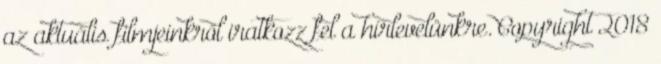
az aktuális filmjeinkről iratkozz fel a hírlevelünkre. Copyright 2018